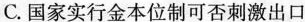
C.国家实行金本位制可否刺激出口